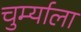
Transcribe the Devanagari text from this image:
चुर्म्याला